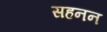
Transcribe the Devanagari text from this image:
सहनन